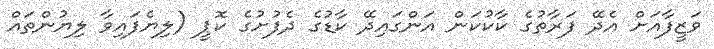
ވަޒީފާއަށް އެދޭ ފަރާތުގެ ކާކުކަން އަންގައިދޭ ކާޑުގެ ދެފުށުގެ ކޮޕީ (ލިޔެފައިވާ ލިޔުންތައް